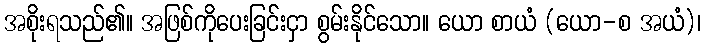
အစိုးရသည်၏။ အဖြစ်ကိုပေးခြင်းငှာ စွမ်းနိုင်သော။ ယော စာယံ (ယော-စ အယံ)၊